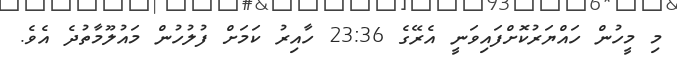
މި މީހުން ހައްޔަރުކޮށްފައިވަނީ އެރޭގެ 23:36 ހާއިރު ކަމަށް ފުލުހުން މައުލޫމާތުދެ އެވެ.